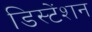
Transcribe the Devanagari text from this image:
डिस्टेंशन